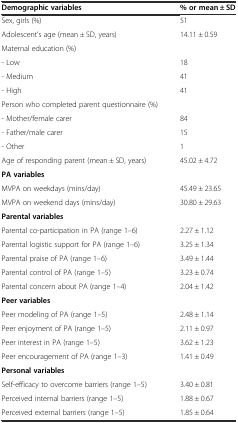
| Demographic variables | % or mean ± SD |
 | --- | --- |
 | Sex, girls (%) | 51 |
 | Adolescent’s age (mean ± SD, years) | 14.11 ± 0.59 |
 | Maternal education (%) |  |
 | - Low | 18 |
 | - Medium | 41 |
 | - High | 41 |
 | Person who completed parent questionnaire (%) |  |
 | - Mother/female carer | 84 |
 | - Father/male carer | 15 |
 | - Other | 1 |
 | Age of responding parent (mean ± SD, years) | 45.02 ± 4.72 |
 | PA variables |  |
 | MVPA on weekdays (mins/day) | 45.49 ± 23.65 |
 | MVPA on weekend days (mins/day) | 30.80 ± 29.63 |
 | Parental variables |  |
 | Parental co-participation in PA (range 1–6) | 2.27 ± 1.12 |
 | Parental logistic support for PA (range 1–6) | 3.25 ± 1.34 |
 | Parental praise of PA (range 1–6) | 3.49 ± 1.44 |
 | Parental control of PA (range 1–5) | 3.23 ± 0.74 |
 | Parental concern about PA (range 1–4) | 2.04 ± 1.42 |
 | Peer variables |  |
 | Peer modeling of PA (range 1–5) | 2.48 ± 1.14 |
 | Peer enjoyment of PA (range 1–5) | 2.11 ± 0.97 |
 | Peer interest in PA (range 1–5) | 3.62 ± 1.23 |
 | Peer encouragement of PA (range 1–3) | 1.41 ± 0.49 |
 | Personal variables |  |
 | Self-efficacy to overcome barriers (range 1–5) | 3.40 ± 0.81 |
 | Perceived internal barriers (range 1–5) | 1.88 ± 0.67 |
 | Perceived external barriers (range 1–5) | 1.85 ± 0.64 |